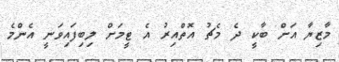
މާޒިޔާ އަށް ބާކީ ދެ މެޗު އޮތްއިރު އެ ޓީމަށް ލިބިފައިވަނީ އެންމެ